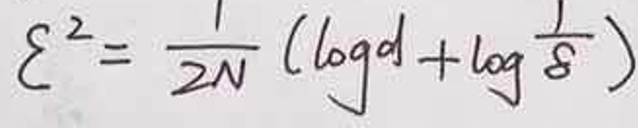
\[
\xi^{2}=\frac{1}{2N}\left(\log d+\log\frac{1}{\delta}\right)
\]